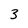
Character: 3